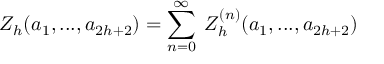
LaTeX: Z _ { h } ( a _ { 1 } , . . . , a _ { 2 h + 2 } ) = \sum _ { n = 0 } ^ { \infty } \; Z _ { h } ^ { ( n ) } ( a _ { 1 } , . . . , a _ { 2 h + 2 } )